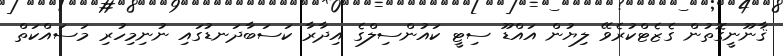
ޤާނޫނީގޮތުން ގެޒެޓްކުރެވޭ ލިޔުން އައްޑޫ ސިޓީ ކައުންސިލްގެ އިދާރާ ކަސަބާދަނޑުގައި ނުނިމިހުރި މަސައްކަތް